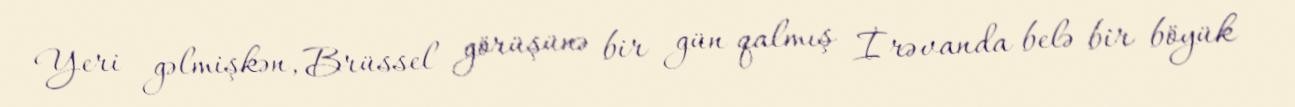
Yeri gəlmişkən, Brüssel görüşünə bir gün qalmış İrəvanda belə bir böyük